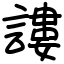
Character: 謱